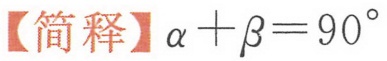
【简释】\(\alpha+\beta = 90^{\circ}\)